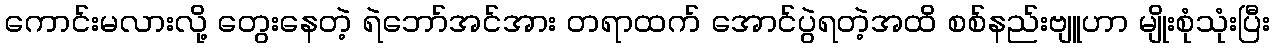
ကောင်းမလားလို့ တွေးနေတဲ့ ရဲဘော်အင်အား တရာထက် အောင်ပွဲရတဲ့အထိ စစ်နည်းဗျူဟာ မျိုးစုံသုံးပြီး